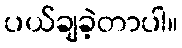
ပယ်ချခဲ့တာပါ။